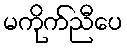
မကိုက်ညီပေ